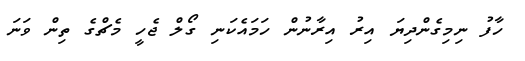
ހާފު ނިމިގެންދިޔަ އިރު އިރާނުން ހަމައެކަނި ގޯލް ޖެހީ މެޗްގެ ތިން ވަނަ